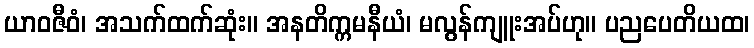
ယာဝဇီဝံ၊ အသက်ထက်ဆုံး။ အနတိက္ကမနီယံ၊ မလွန်ကျူးအပ်ဟု။ ပညပေတိယထ၊